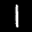
Digit: 1